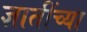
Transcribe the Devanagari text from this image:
ज्ञातींच्या